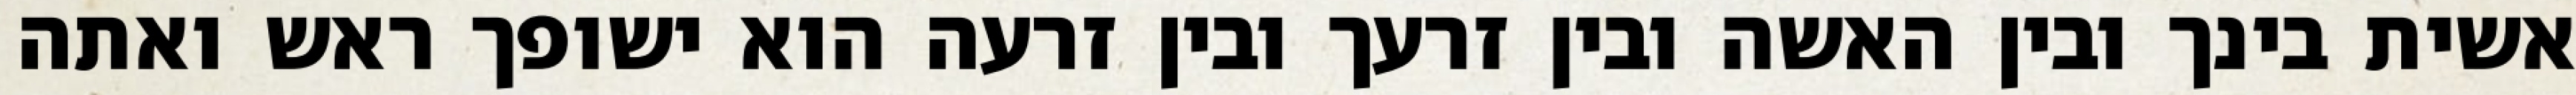
אשית בינך ובין האשה ובין זרעך ובין זרעה הוא ישופך ראש ואתה